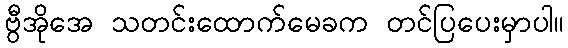
ဗွီအိုအေ သတင်းထောက်မေခက တင်ပြပေးမှာပါ။